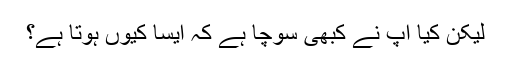
لیکن کیا آپ نے کبھی سوچا ہے کہ ایسا کیوں ہوتا ہے؟